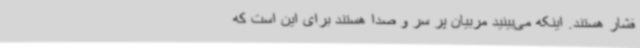
فشار هستند. اینکه می‌بینید مربیان پر سر و صدا هستند برای این است که